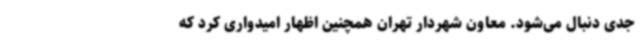
جدی دنبال می‌شود. معاون شهردار تهران همچنین اظهار امیدواری کرد که